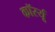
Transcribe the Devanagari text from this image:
कॉर्स्यू